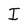
Character: I